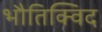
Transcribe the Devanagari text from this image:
भौतिक्विद